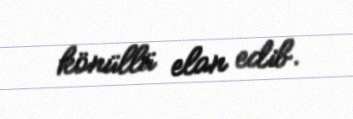
könüllü elan edib.